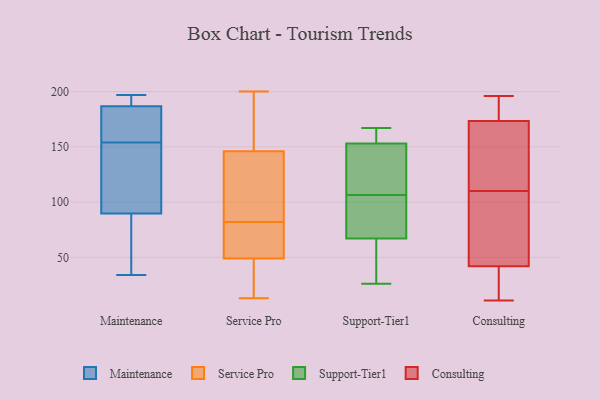
{"axis": {"x": "Budget (USD K)", "y": "Value"}, "legend": ["Consulting", "Maintenance", "Service Pro", "Support-Tier1"], "data": [{"x": "", "y": 194, "type": "Maintenance"}, {"x": "", "y": 183, "type": "Maintenance"}, {"x": "", "y": 34, "type": "Maintenance"}, {"x": "", "y": 72, "type": "Maintenance"}, {"x": "", "y": 134, "type": "Maintenance"}, {"x": "", "y": 188, "type": "Maintenance"}, {"x": "", "y": 162, "type": "Maintenance"}, {"x": "", "y": 154, "type": "Maintenance"}, {"x": "", "y": 98, "type": "Maintenance"}, {"x": "", "y": 197, "type": "Maintenance"}, {"x": "", "y": 87, "type": "Maintenance"}, {"x": "", "y": 153, "type": "Service Pro"}, {"x": "", "y": 51, "type": "Service Pro"}, {"x": "", "y": 146, "type": "Service Pro"}, {"x": "", "y": 93, "type": "Service Pro"}, {"x": "", "y": 57, "type": "Service Pro"}, {"x": "", "y": 13, "type": "Service Pro"}, {"x": "", "y": 139, "type": "Service Pro"}, {"x": "", "y": 200, "type": "Service Pro"}, {"x": "", "y": 47, "type": "Service Pro"}, {"x": "", "y": 146, "type": "Service Pro"}, {"x": "", "y": 49, "type": "Service Pro"}, {"x": "", "y": 46, "type": "Service Pro"}, {"x": "", "y": 71, "type": "Service Pro"}, {"x": "", "y": 125, "type": "Service Pro"}, {"x": "", "y": 153, "type": "Support-Tier1"}, {"x": "", "y": 154, "type": "Support-Tier1"}, {"x": "", "y": 108, "type": "Support-Tier1"}, {"x": "", "y": 111, "type": "Support-Tier1"}, {"x": "", "y": 38, "type": "Support-Tier1"}, {"x": "", "y": 156, "type": "Support-Tier1"}, {"x": "", "y": 78, "type": "Support-Tier1"}, {"x": "", "y": 154, "type": "Support-Tier1"}, {"x": "", "y": 96, "type": "Support-Tier1"}, {"x": "", "y": 105, "type": "Support-Tier1"}, {"x": "", "y": 143, "type": "Support-Tier1"}, {"x": "", "y": 26, "type": "Support-Tier1"}, {"x": "", "y": 167, "type": "Support-Tier1"}, {"x": "", "y": 83, "type": "Support-Tier1"}, {"x": "", "y": 67, "type": "Support-Tier1"}, {"x": "", "y": 110, "type": "Support-Tier1"}, {"x": "", "y": 45, "type": "Support-Tier1"}, {"x": "", "y": 61, "type": "Support-Tier1"}, {"x": "", "y": 102, "type": "Consulting"}, {"x": "", "y": 44, "type": "Consulting"}, {"x": "", "y": 40, "type": "Consulting"}, {"x": "", "y": 108, "type": "Consulting"}, {"x": "", "y": 112, "type": "Consulting"}, {"x": "", "y": 145, "type": "Consulting"}, {"x": "", "y": 123, "type": "Consulting"}, {"x": "", "y": 196, "type": "Consulting"}, {"x": "", "y": 178, "type": "Consulting"}, {"x": "", "y": 21, "type": "Consulting"}, {"x": "", "y": 172, "type": "Consulting"}, {"x": "", "y": 115, "type": "Consulting"}, {"x": "", "y": 44, "type": "Consulting"}, {"x": "", "y": 11, "type": "Consulting"}, {"x": "", "y": 24, "type": "Consulting"}, {"x": "", "y": 108, "type": "Consulting"}, {"x": "", "y": 175, "type": "Consulting"}, {"x": "", "y": 26, "type": "Consulting"}, {"x": "", "y": 183, "type": "Consulting"}, {"x": "", "y": 186, "type": "Consulting"}]}